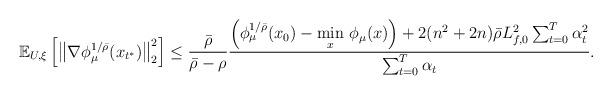
LaTeX: \begin{align*} \mathbb{E}_{U,\xi}\left[\left\| \nabla \phi_{\mu}^{1/\bar{\rho}}(x_{t^*})\right\|_2^2 \right] \leq \frac{\bar{\rho}}{\bar{\rho}-\rho} \frac{\left(\phi_{\mu}^{1/\bar{\rho}}(x_0) - \underset{x}{\min}\ \phi_{\mu}(x) \right)+ 2(n^2 + 2n)\bar{\rho}L_{f,0}^2 \sum_{t=0}^{T} \alpha_t^2}{\sum_{t=0}^T \alpha_t}.\end{align*}